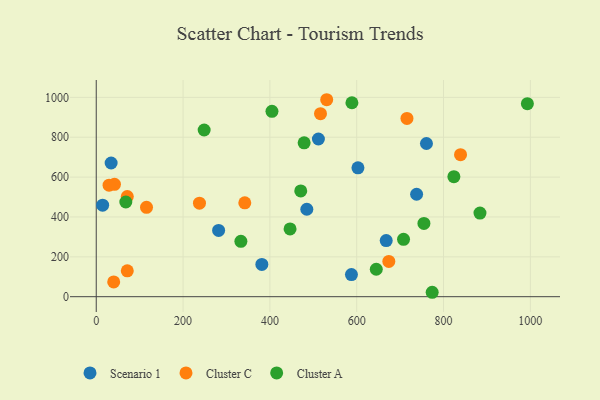
{"axis": {"x": "Price", "y": "Profit"}, "legend": ["Cluster A", "Cluster C", "Scenario 1"], "data": [{"x": "738.0", "y": 514.0, "type": "Scenario 1"}, {"x": "34.3", "y": 670.7, "type": "Scenario 1"}, {"x": "602.9", "y": 646.3, "type": "Scenario 1"}, {"x": "760.7", "y": 768.5, "type": "Scenario 1"}, {"x": "14.7", "y": 458.9, "type": "Scenario 1"}, {"x": "485.1", "y": 438.6, "type": "Scenario 1"}, {"x": "381.5", "y": 162.0, "type": "Scenario 1"}, {"x": "281.9", "y": 332.4, "type": "Scenario 1"}, {"x": "511.8", "y": 790.9, "type": "Scenario 1"}, {"x": "587.9", "y": 111.2, "type": "Scenario 1"}, {"x": "668.0", "y": 281.4, "type": "Scenario 1"}, {"x": "237.8", "y": 468.9, "type": "Cluster C"}, {"x": "715.8", "y": 894.3, "type": "Cluster C"}, {"x": "839.2", "y": 712.3, "type": "Cluster C"}, {"x": "42.0", "y": 563.7, "type": "Cluster C"}, {"x": "674.0", "y": 176.8, "type": "Cluster C"}, {"x": "530.9", "y": 988.0, "type": "Cluster C"}, {"x": "115.8", "y": 448.1, "type": "Cluster C"}, {"x": "29.5", "y": 559.2, "type": "Cluster C"}, {"x": "40.2", "y": 74.3, "type": "Cluster C"}, {"x": "516.6", "y": 918.2, "type": "Cluster C"}, {"x": "342.2", "y": 471.1, "type": "Cluster C"}, {"x": "71.5", "y": 130.0, "type": "Cluster C"}, {"x": "71.5", "y": 502.1, "type": "Cluster C"}, {"x": "884.0", "y": 419.3, "type": "Cluster A"}, {"x": "446.5", "y": 340.1, "type": "Cluster A"}, {"x": "248.6", "y": 836.2, "type": "Cluster A"}, {"x": "754.9", "y": 367.7, "type": "Cluster A"}, {"x": "478.9", "y": 771.8, "type": "Cluster A"}, {"x": "404.8", "y": 929.8, "type": "Cluster A"}, {"x": "993.2", "y": 968.4, "type": "Cluster A"}, {"x": "589.0", "y": 972.8, "type": "Cluster A"}, {"x": "333.2", "y": 277.7, "type": "Cluster A"}, {"x": "773.9", "y": 22.2, "type": "Cluster A"}, {"x": "68.1", "y": 475.1, "type": "Cluster A"}, {"x": "707.9", "y": 287.7, "type": "Cluster A"}, {"x": "645.1", "y": 137.7, "type": "Cluster A"}, {"x": "471.1", "y": 530.6, "type": "Cluster A"}, {"x": "823.9", "y": 602.1, "type": "Cluster A"}]}